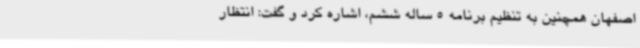
اصفهان همچنین به تنظیم برنامه 5 ساله ششم، اشاره کرد و گفت: انتظار